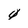
Character: 4